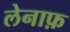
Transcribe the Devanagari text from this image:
लेनाफ़